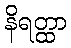
နိရတ္ထာ